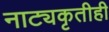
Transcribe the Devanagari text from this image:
नाट्यकृतीही